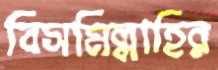
বিসমিল্লাহির